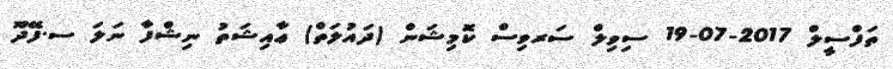
ތަފްސީލް 2017-07-19 ސިވިލް ސަރވިސް ކޮމިޝަން (ދައުލަތް) ޢާއިޝަތު ނިޝްފާ ނަލަ ސ.ފޭދޫ